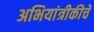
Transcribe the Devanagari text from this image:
अभियांत्रीकीचे